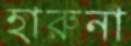
হারুনা